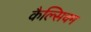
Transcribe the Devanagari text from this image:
कैल्सिचम